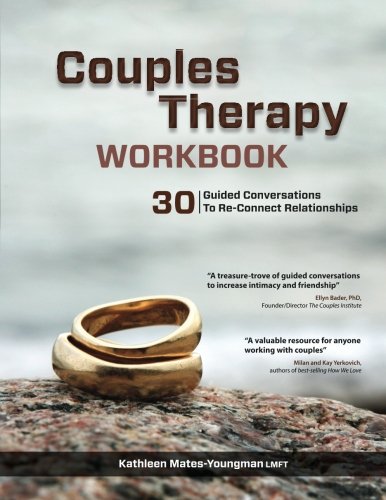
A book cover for Couples Therapy Workbook; Kathleen Mates-Youngman; Parenting & Relationships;